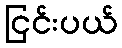
ငြင်းပယ်